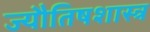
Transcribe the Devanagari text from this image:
ज्यौतिषशास्त्र